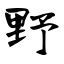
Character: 野